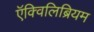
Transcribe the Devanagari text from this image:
ऍक्विलिब्रियम